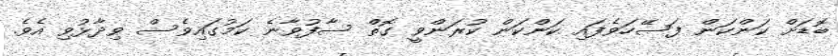
ބޮޑަށް ކަންކަން ފަސޭހަވެފައި ކަންކަން ކުރަންވީ ގޮތް ސާފުވާނެ ކަމުގައިވެސް ވިދާޅުވި އެވެ.